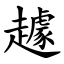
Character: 䟊